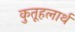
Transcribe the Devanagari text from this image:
कुतूहलार्थ